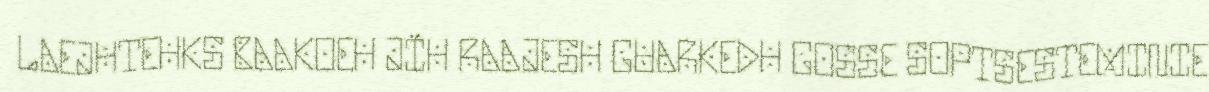
LAEJHTEHKS BAAKOEH JÏH RAAJESH GUARKEDH GOSSE SOPTSESTEMINIE,